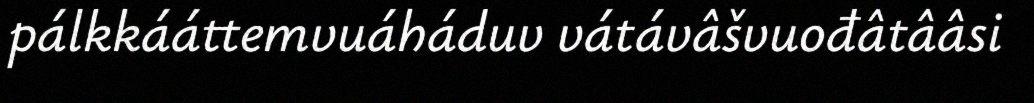
pálkkááttemvuáháduv vátávâšvuođâtââsi